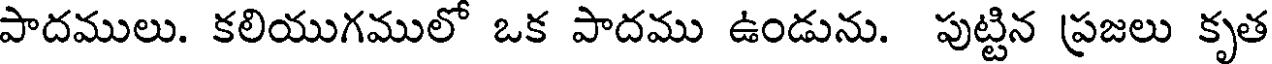
పాదములు. కలియుగములో ఒక పాదము ఉండును. పుట్టిన ప్రజలు కృత